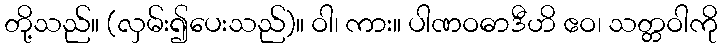
တို့သည်။ (လှမ်း၍ပေးသည်)။ ဝါ၊ ကား။ ပါဏဝဓာဒီဟိ ဧဝ၊ သတ္တဝါကို